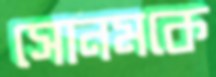
সোনমকে